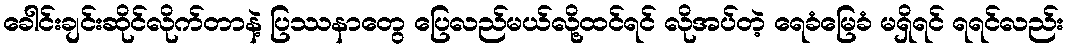
ခေါင်းချင်းဆိုင်လိုက်တာနဲ့ ပြဿနာတွေ ပြေလည်မယ်လို့ထင်ရင် လိုအပ်တဲ့ ရေခံမြေခံ မရှိရင် ရရင်လည်း